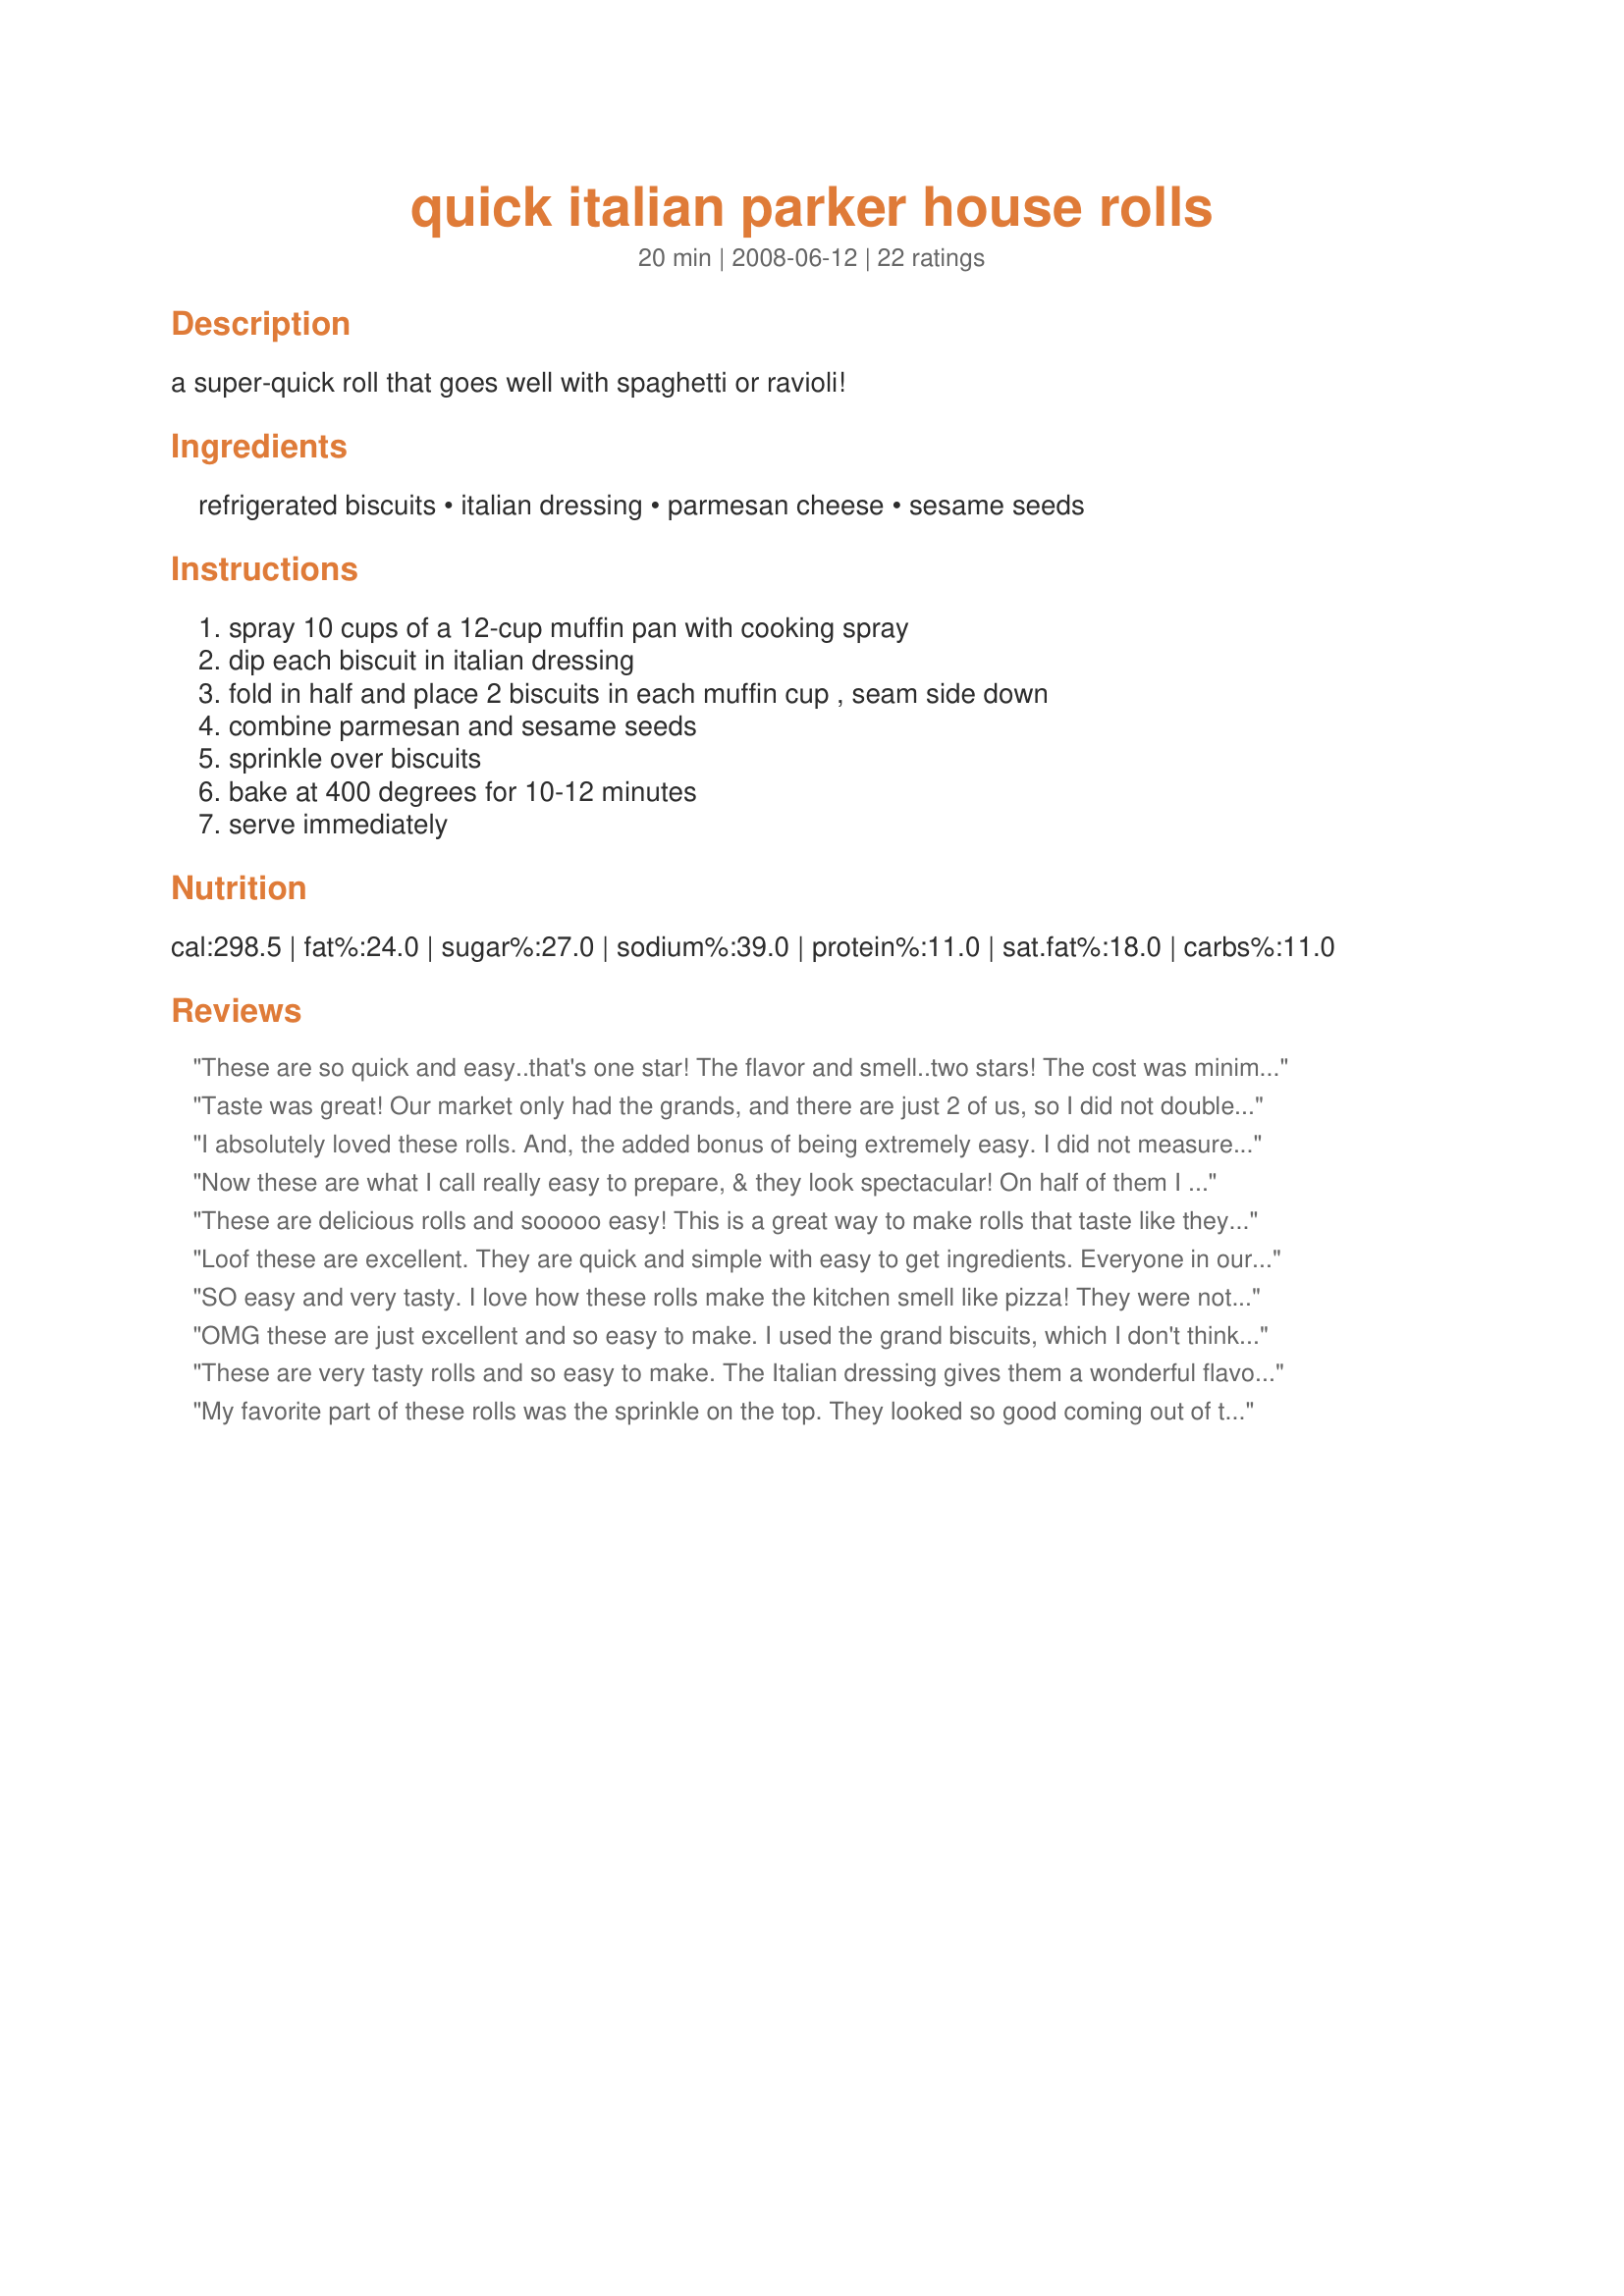
quick italian parker house rolls
Preparation time: 20 minutes

a super-quick roll that goes well with spaghetti or ravioli!

Ingredients:
refrigerated biscuits, italian dressing, parmesan cheese, sesame seeds

Steps:
spray 10 cups of a 12-cup muffin pan with cooking spray, dip each biscuit in italian dressing, fold in half and place 2 biscuits in each muffin cup , seam side down, combine parmesan and sesame seeds, sprinkle over biscuits, bake at 400 degrees for 10-12 minutes, serve immediately

Reviews:
These are so quick and easy..that's one star! The flavor and smell..two stars! The cost was minimal..one star! They were super WITHOUT the cheese, less calories..two stars! The only suggestion I have is watch the amount of sodium in a light dressing, the one I used was rather high and I could taste that, but others who use salt on EVERYTHING, never noticed .UPDATE 11/27: Made these as part of my bread choices for Thanksgiving. The only rolls in the supermarket were the Grands. They worked just fine as I cut each in half, smashed some and continued on. One thing I did wrong was that I put the biscuits in tin with seam side UP! I now would suggest that when you make them, try it seam up as it made for a lovely presentation....like a flower opening. Really nice for a special occasion.
Taste was great! Our market only had the grands, and there are just 2 of us, so I did not double up on the rolls, just dipped and folded. DH really liked the Italian salad dressing and the Parmesan cheese and sesame seeds as a distinctive step up from the basic biscuit. Next time, I might try slicing the biscuit in half horizontally so I could fold 2 halves in each muffin tray. We gobbled these up! Made for Please Review My Recipe tag.
I absolutely loved these rolls. And, the added bonus of being extremely easy. I did not measure but just sprinkled on the parmesan cheese. I did not add the seeds. We also halved the recipe for the two of us. Thanks loof! Made for Best of 2008 Cookbooks Swap.
Now these are what I call really easy to prepare, & they look spectacular! On half of them I was generous with the Parmesan cheese (for my other half) & added a bit more sesame seeds on the remaining half (for myself), making us both very satisfied! Thanks for posting the great recipe! [Tagged & made in Please Review My Recope]
These are delicious rolls and sooooo easy! This is a great way to make rolls that taste like they are homemade. No one has to know how easy they are!
Loof these are excellent. They are quick and simple with easy to get ingredients. Everyone in our house loved them. The only problem was that there weren't more to feed our large family. I'll have to double next time. I used the grands butter biscuits to get huge fat rounds. I would also like to sprinkle on a little garlic powder next time. I will be making these quite often, as I've been asked to make them every week now! Made and Reviewed for 123 Hit Wonders - Thanks! :)
SO easy and very tasty. I love how these rolls make the kitchen smell like pizza! They were not as flavorful as I was imagining though, but I think I may have not soaked the dough in enough dressing as there was quite a bit left over. These look beautiful when they&#039;re done too, and you could totally pass them off as homemade if you&#039;re feeling sneaky. [Made &amp; Reviewed for PRMR]
OMG these are just excellent and so easy to make. I used the grand biscuits, which I don't think worked as well as smaller biscuits would have, but still they were excellent. I made my own Italian dressing for this. Didn't really appreciate the sesame seeds, but that might have been because I only made 4 rolls. You can bet I'll be making these again. Thanks :)
These are very tasty rolls and so easy to make. The Italian dressing gives them a wonderful flavor. Thanks for sharing!
My favorite part of these rolls was the sprinkle on the top. They looked so good coming out of the oven. I used grands and cut them in 1/4 putting 3 pcs per muffin tin. It worked great. Made for PRMR.
I halved the recipe for my family. We all loved these. I didn't add the sesame seeds and didn't measure the cheese. I baked the rolls and then topped them with the cheese the last two minutes. We ate all of them with dinner.
This recipe made it into our 
Book #231450. 8/05/08 - Loof, you've done it again! Great rolls! I used an 8 portion can of Phillsbury crescent rolls which made 4 squares. I folded them in half, tucked the corners under and dunked them in the dressing. I then placed the 4 rolls in jumbo muffin tins, seasoned with the parmesan and sesame seeds and baked for the allotted time. Deliciously soft, flavorful, and definitely a great accompaniment to pasta. Yum!
Wonderful way to make refrigerated biscuits something special. Love how quick and easy these were to get on the table. Made these using the small biscuit can (5 biscuits) and made 2 this way and one just plain. I had these with a salad for lunch the other day. Thanks for sharing the recipe loof!! Made for Stars Tag Game.
These were so easy to prepare, and they were the perfect addition to our Italian-themed dinner. Like another reviewer, I could only find the Grand-size biscuits at my local market, so I just folded each in half and added one to each muffin cup. And they were really good. The parmesan/sesame topping added a nice touch. Thanks for sharing your recipe, loof.
I love quick and easy recipes like this one that you can whip up quickly, with very little effort. I could only find Grand's Jr. biscuits at my store, so these rolls turned out fairly large. Also, I ran short of Italian dressing, so for the last few rolls I melted a little margarine and added some Italian seasoning to it. I dipped the biscuits in the seasoned margarine and proceeded per the recipe directions. The rolls turned out great using both methods. We enjoyed these rolls with our minestrone soup. Thank you for sharing this fast and easy recipe!<br/>**Made for 2012 Football Pool**
Very good loof. I ate a few of them before I even came out of the kitchen. This is going in my keeper folder! Thanks for sharing this.
DH took one bite and said Wow! these are good. I made half a recipe and they came out perfect. We really enjoyed them. Quick and easy recipe to prepare. I did double the sesame seeds because it just didn't look like much. This is a keeper thanks loof for posting.
Yum! I made these up, sans seeds because my dad can't have them, to go along with some lasagna last night I also sprinkled some mozzarella cheese over during the last few minutes just because i had some to use up. Doesn't get any easier and tastes great too! Thanks loof :).
These became a little less quick when I discovered I had no bottled Italian dressing. But DH whipped up a quick vinaigrette, and life was good again. I just eyeballed the sesame seeds and the cheese. It's a great way to dress up packaged biscuits. Thanks for posting!
I&#039;m really not sure what to say here. My reviews are normally &quot;long winded&quot;, but these are so simple and tasty to make, there isn&#039;t anything more that I can add. Definitely a keeper recipe. Thanks so much. I will be sure to use these when I make any Italian pasta dishes. (Made for PRMR)
Made it with Caesar Italian because that is what I had on hand. Fantastic! Made with turkey, but think it will be my 'go to' any time I make Italian/pasta dishes. Very easy, looks great and definitely tasty. Thanks Loof! Made for Best of 2009 tag game.
These tasted and looked fancy but were so easy to make!!! I halved the recipe and used recipe#204998 for the dressing. Will definately be making these again, adding to my Best of 2011 Cookbook! Made for PRMR.
